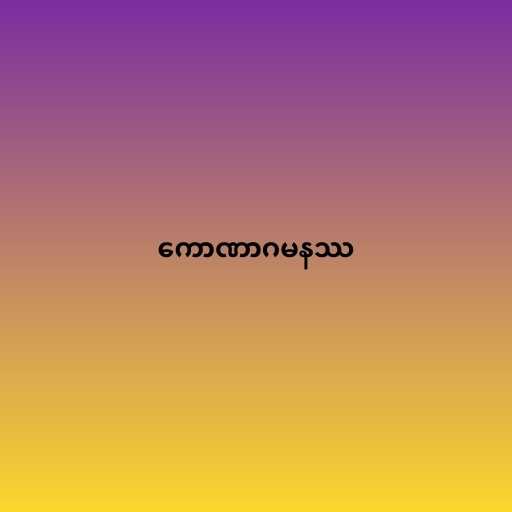
ကောဏာဂမနဿ